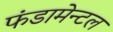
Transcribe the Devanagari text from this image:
फंडामेन्टल